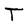
Character: T